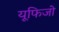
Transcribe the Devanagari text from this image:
यूफिजो